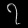
Digit: ၇